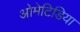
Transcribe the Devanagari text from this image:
ओमेटिडिया